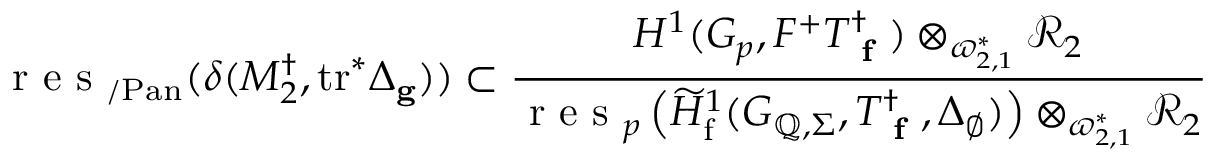
\textup { r e s } _ { / \mathrm { P a n } } ( \delta ( M _ { 2 } ^ { \dagger } , \mathrm { t r } ^ { * } \Delta _ { \mathbf { g } } ) ) \subset \frac { H ^ { 1 } ( G _ { p } , F ^ { + } T _ { \textup { \bf f } } ^ { \dagger } ) \otimes _ { \varpi _ { 2 , 1 } ^ { * } } \mathcal { R } _ { 2 } } { \textup { r e s } _ { p } \left( \widetilde { H } _ { \mathrm { f } } ^ { 1 } ( G _ { \mathbb { Q } , \Sigma } , T _ { \textup { \bf f } } ^ { \dagger } , \Delta _ { \emptyset } ) \right) \otimes _ { \varpi _ { 2 , 1 } ^ { * } } \mathcal { R } _ { 2 } }